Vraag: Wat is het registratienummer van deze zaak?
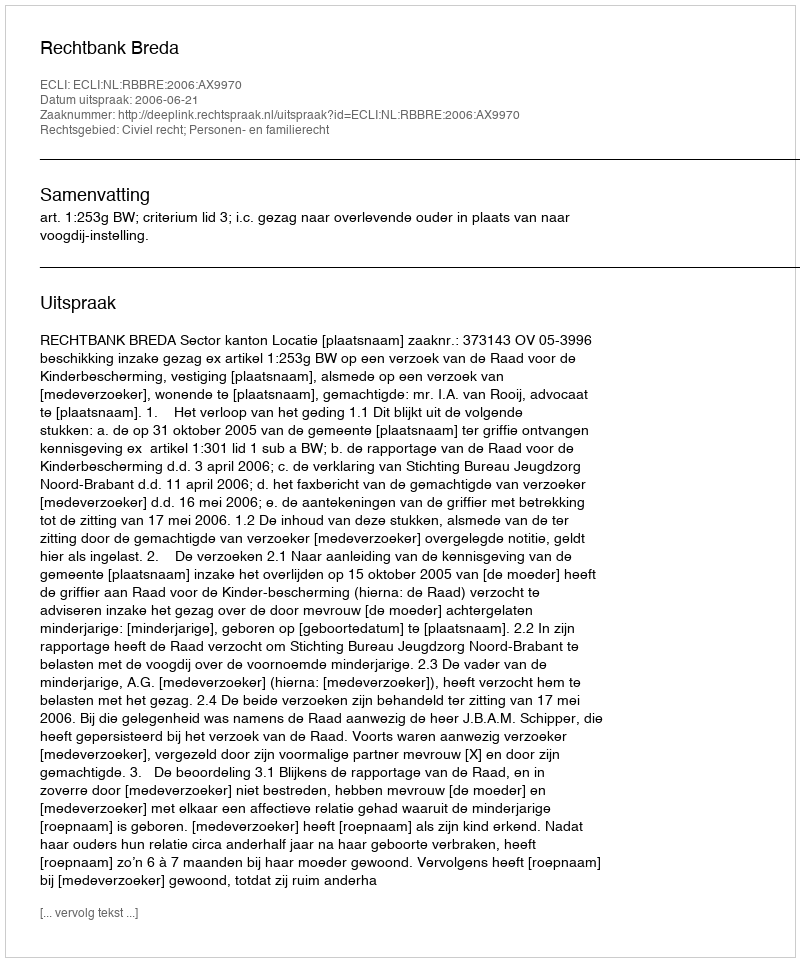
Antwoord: http://deeplink.rechtspraak.nl/uitspraak?id=ECLI:NL:RBBRE:2006:AX9970